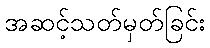
အဆင့်သတ်မှတ်ခြင်း